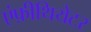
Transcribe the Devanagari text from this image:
एंफ़ीथियेटर